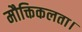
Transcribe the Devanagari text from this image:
मौक्तिकलता।